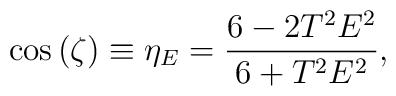
\cos \left( \zeta \right) \equiv \eta _E=\frac{6-2T^2E^2}{6+T^2E^2},